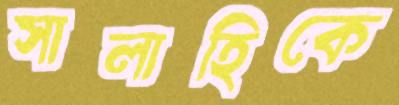
সালাহিকে